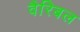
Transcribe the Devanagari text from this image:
वैरिबल